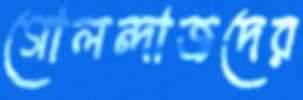
গোলন্দাজদের